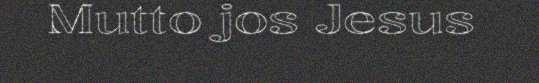
Mutto jos Jesus